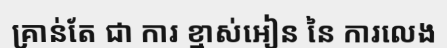
គ្រាន់តែ ជា ការ ខ្មាស់អៀន នៃ ការលេង